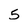
Character: 5